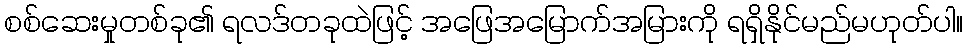
စစ်ဆေးမှုတစ်ခု၏ ရလဒ်တခုထဲဖြင့် အဖြေအမြောက်အမြားကို ရရှိနိုင်မည်မဟုတ်ပါ။